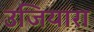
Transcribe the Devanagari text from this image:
उजियारा